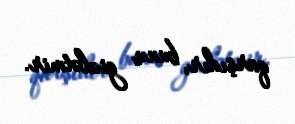
qarşıdır, bunu gizlətmir.